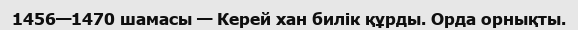
1456—1470 шамасы — Керей хан билік құрды. Орда орнықты.